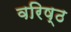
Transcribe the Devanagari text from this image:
वरिष्‍ठ